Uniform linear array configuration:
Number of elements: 32
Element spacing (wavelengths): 0.5
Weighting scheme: uniform
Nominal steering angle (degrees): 30
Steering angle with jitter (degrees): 28.031
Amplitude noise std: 0.05
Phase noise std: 0.05

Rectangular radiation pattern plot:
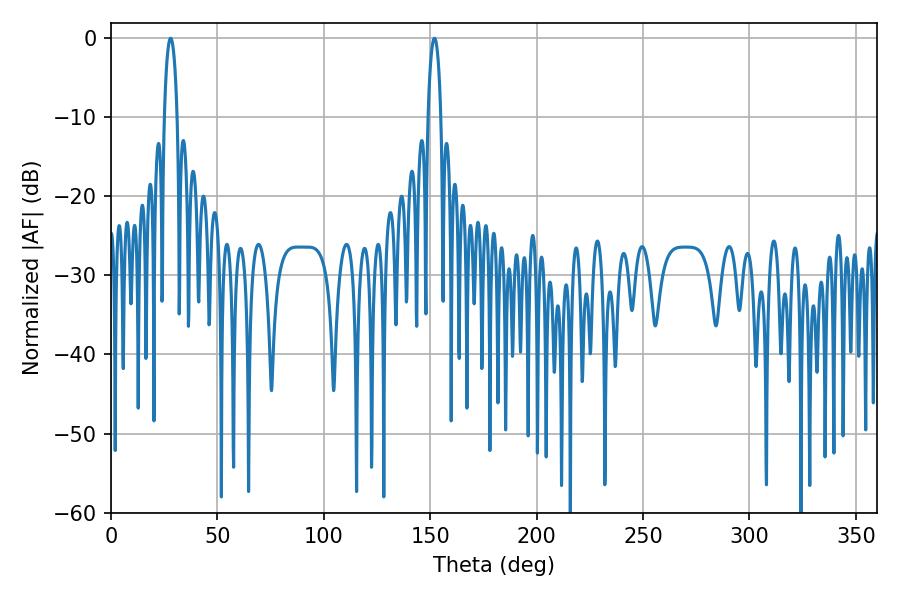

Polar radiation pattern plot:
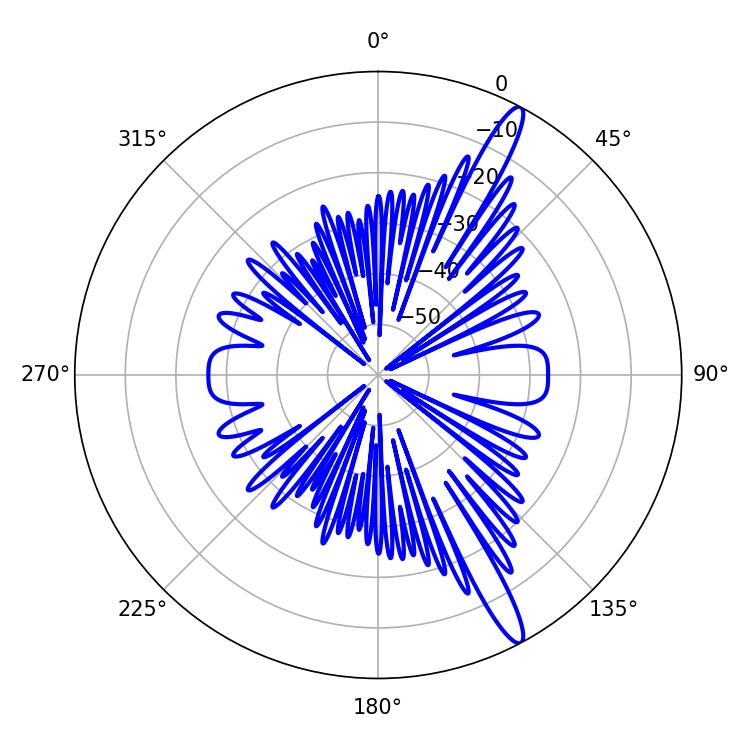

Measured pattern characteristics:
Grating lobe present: FALSE
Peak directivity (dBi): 14.851
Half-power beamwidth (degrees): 3.42
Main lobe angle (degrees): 151.92